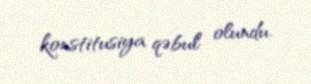
konstitusiya qəbul olundu.